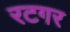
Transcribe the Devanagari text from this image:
रटगर